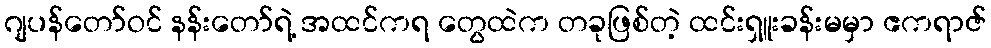
ဂျပန်တော်ဝင် နန်းတော်ရဲ့ အထင်ကရ တွေထဲက တခုဖြစ်တဲ့ ထင်းရှူးခန်းမမှာ ဧကရာဇ်